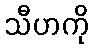
သီဟကို